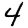
Digit: 4